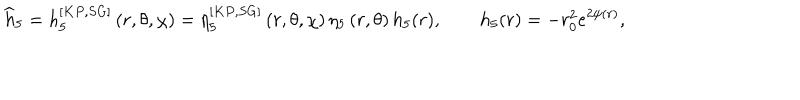
\widehat { h } _ { 5 } = h _ { 5 } ^ { [ K P , S G ] } \left( r , \theta , \chi \right) = \eta _ { 5 } ^ { [ K P , S G ] } \left( r , \theta , \chi \right) \eta _ { 5 } \left( r , \theta \right) h _ { 5 } ( r ) , \qquad h _ { 5 } ( r ) = - r _ { 0 } ^ { 2 } e ^ { 2 \psi ( r ) } ,